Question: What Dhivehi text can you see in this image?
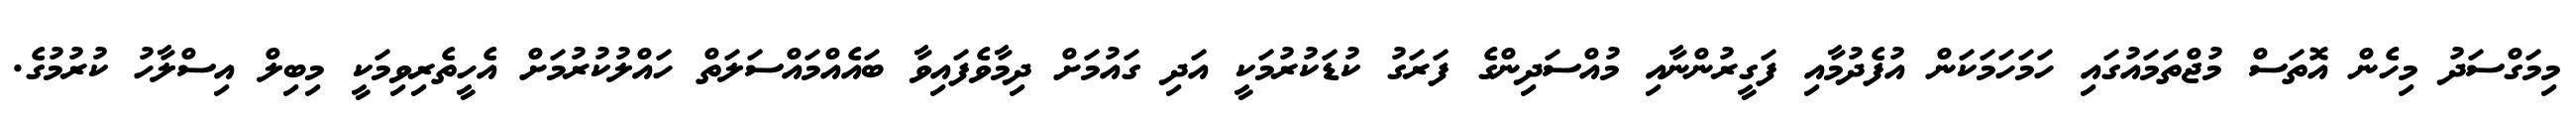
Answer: މިމަގްސަދު މިހެން އޮތަސް މުޖްތަމައުގައި ހަމަހަމަކަން އުފެދުމާއި ފަގީރުންނާއި މުއްސަދިންގެ ފަރަގު ކުޑަކުރުމަކީ އަދި ގައުމަށް ދިމާވެފައިވާ ބައެއްމައްސަލަތް ހައްލުކުރުމަށް އެހީތެރިވިމަކީ މިބިލް އިސްލާހު ކުރުމުގެ.